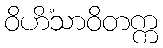
ဝိဟိံသာဝိတက္က